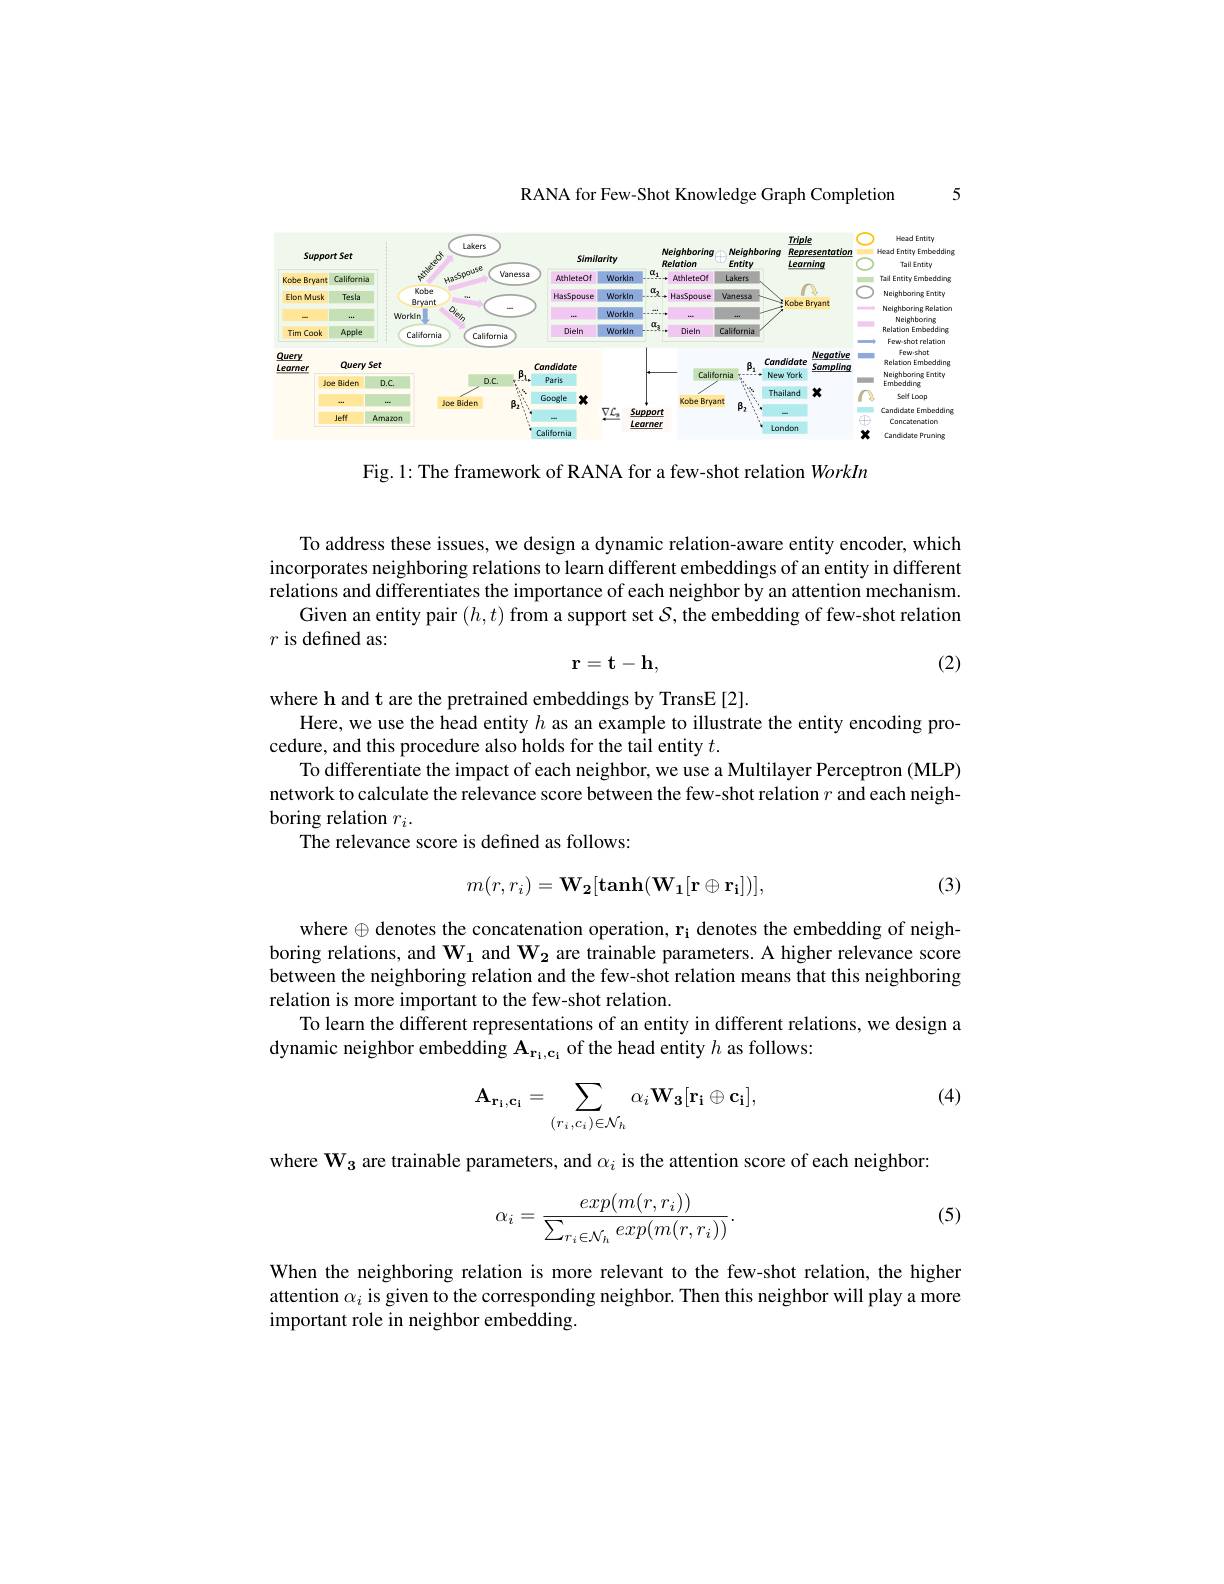
RANA for Few-Shot Knowledge Graph Completion

5

<FigureHere>

Fig. 1: The framework of RANA for a few-shot relation WorkIn

To address these issues, we design a dynamic relation-aware entity encoder, which incorporates neighboring relations to learn different embeddings of an entity in different relations and differentiates the importance of each neighbor by an attention mechanism.
Given an entity pair $(h,t)$ from a support set $\mathcal{S}$, the embedding of few-shot relation
$r$ is defined as:
$$\mathbf{r=t-h},$$
(2)

where h and t are the pretrained embeddings by TransE[2].
Here, we use the head entity $h$ as an example to illustrate the entity encoding pro-
cedure, and this procedure also holds for the tail entity $t.$
To differentiate the impact of each neighbor, we use a Multilayer Perceptron ( MLP) network to calculate the relevance score between the few-shot relation $r$ and each neighboring relation $r_i.$
The relevance score is defined as follows:

(3)
$$m(r,r_i)=\mathbf{W_2}[\mathrm{tanh}(\mathbf{W_1}[\mathbf{r}\oplus\mathbf{r_i}])],$$
where $\oplus$ denotes the concatenation operation, $\mathbf{r_i}$ denotes the embedding of neighboring relations, and $\mathbf{W_1}$ and $\mathbf{W_2}$ are trainable parameters. A higher relevance score between the neighboring relation and the few-shot relation means that this neighboring relation is more important to the few-shot relation.
To learn the different representations of an entity in different relations, we design a
dynamic neighbor embedding $\mathbf{A}_{\mathbf{r}_{\mathrm{i}},\mathbf{c}_{\mathrm{i}}}$ of the head entity $h$ as follows:

(4)
$$\mathbf{A_{r_i,c_i}}=\sum_{(r_i,c_i)\in\mathcal{N}_h}\alpha_i\mathbf{W_3}[\mathbf{r_i}\oplus\mathbf{c_i}],$$
where $\mathbf{W_{3}}$ are trainable parameters, and $\alpha_i$ is the attention score of each neighbor:
$$\alpha_i=\frac{exp(m(r,r_i))}{\sum_{r_i\in\mathcal{N}_h}exp(m(r,r_i))}.$$
(5)

When the neighboring relation is more relevant to the few-shot relation, the higher attention $\alpha_i$ is given to the corresponding neighbor. Then this neighbor will play a more important role in neighbor embedding.